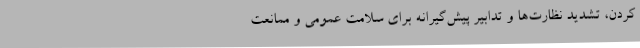
کردن، تشدید نظارت‌ها و تدابیر پیش‌گیرانه برای سلامت عمومی و ممانعت